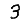
Digit: 3